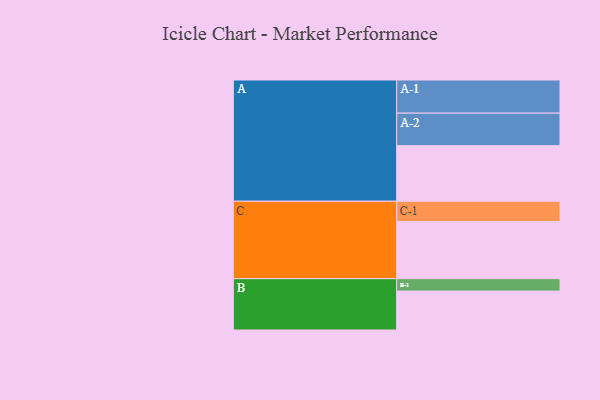
{"axis": {"x": "Segment", "y": "Value"}, "legend": ["", "A", "B", "C"], "data": [{"x": "A", "y": 443, "type": ""}, {"x": "B", "y": 310, "type": ""}, {"x": "C", "y": 456, "type": ""}, {"x": "A-1", "y": 264, "type": "A"}, {"x": "A-2", "y": 259, "type": "A"}, {"x": "B-1", "y": 99, "type": "B"}, {"x": "C-1", "y": 161, "type": "C"}]}